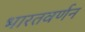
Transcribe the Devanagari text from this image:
भारतवर्णन